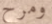
ومرح